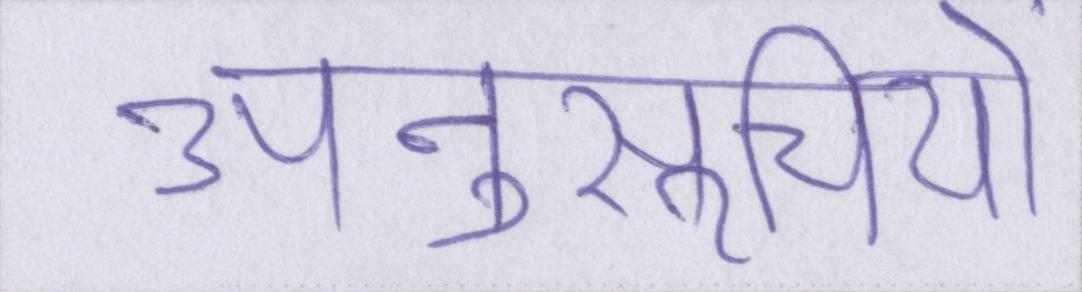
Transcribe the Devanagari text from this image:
अनुसूचियों